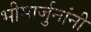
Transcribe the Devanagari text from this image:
भीमार्जुनांनी